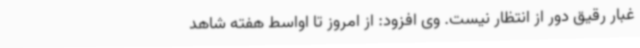
غبار رقیق دور از انتظار نیست. وی افزود: از امروز تا اواسط هفته شاهد